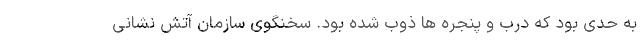
به حدی بود که درب و پنجره ها ذوب شده بود. سخنگوی سازمان آتش نشانی